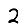
Digit: 2